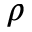
\rho